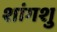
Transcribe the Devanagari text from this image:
शांगशु